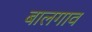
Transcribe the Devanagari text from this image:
बालगाव